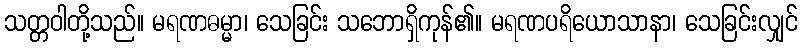
သတ္တဝါတို့သည်။ မရဏဓမ္မာ၊ သေခြင်း သဘောရှိကုန်၏။ မရဏပရိယောသာနာ၊ သေခြင်းလျှင်